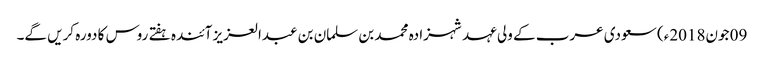
09 جون2018ء) سعودی عرب کے ولی عہد شہزادہ محمد بن سلمان بن عبدالعزیز آئندہ ہفتے روس کا دورہ کریں گے۔